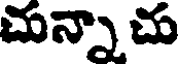
చున్నాచు